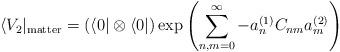
LaTeX: \begin{align*}\langle V_2 |_{{\rm matter}} =\left(\langle 0 | \otimes \langle 0 |\right)\exp\left( \sum_{n, m = 0}^{ \infty} -a_n^{(1)} C_{nm} a_m^{ (2)} \right)\end{align*}